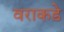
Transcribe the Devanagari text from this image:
वराकडे